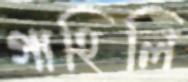
গাহিলি